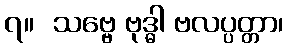
၇။  သဗ္ဗေ ဗုဒ္ဓါ ဗလပ္ပတ္တာ၊